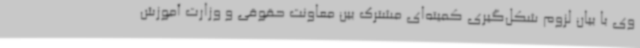
وی با بیان لزوم شکل‌گیری کمیته‌ای مشترک بین معاونت حقوقی و وزارت آموزش